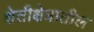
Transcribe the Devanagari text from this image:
शेतीक्षेत्रातील